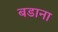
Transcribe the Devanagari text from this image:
बडाना